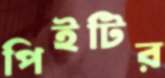
পিইটির